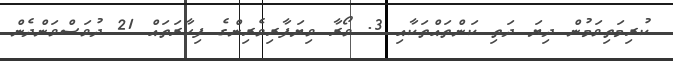
ކުރިމަތިވަމުން ދިޔަ ދަތި ކަންތައްތަކާއި 3. ވޯރާ ވިޔަފާރިވެރިންގެ ފިހާރަތައް 21 ދުވަސްވަންދެން